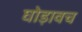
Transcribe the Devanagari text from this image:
घोड़ावच